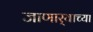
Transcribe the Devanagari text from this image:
जाणार्‍याच्या